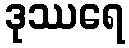
ဒုဿရေ